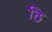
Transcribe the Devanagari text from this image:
ठि